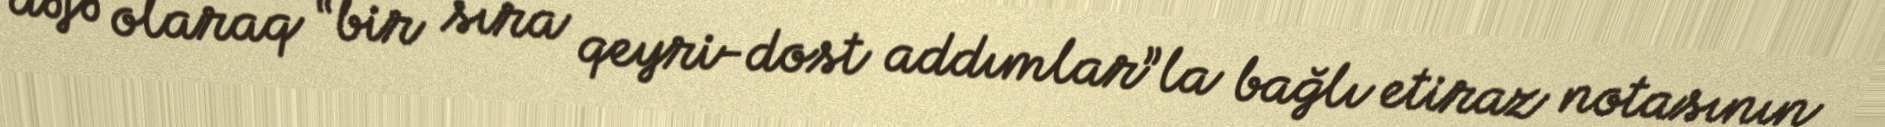
dəfə olaraq “bir sıra qeyri-dost addımlar”la bağlı etiraz notasının